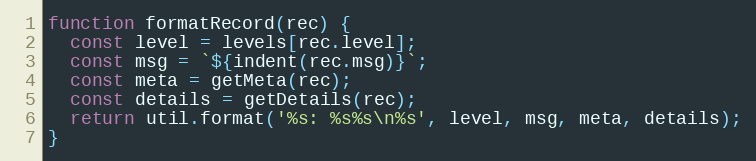
Language: JavaScript
function formatRecord(rec) {
  const level = levels[rec.level];
  const msg = `${indent(rec.msg)}`;
  const meta = getMeta(rec);
  const details = getDetails(rec);
  return util.format('%s: %s%s\n%s', level, msg, meta, details);
}